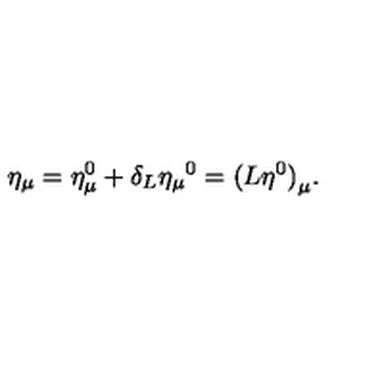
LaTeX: \eta _ { \mu } = \eta _ { \mu } ^ { 0 } + \delta _ { L } { \eta _ { \mu } } ^ { 0 } = { ( L \eta ^ { 0 } ) } _ { \mu } .